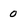
Character: 0